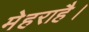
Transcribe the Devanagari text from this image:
मेहराहै।